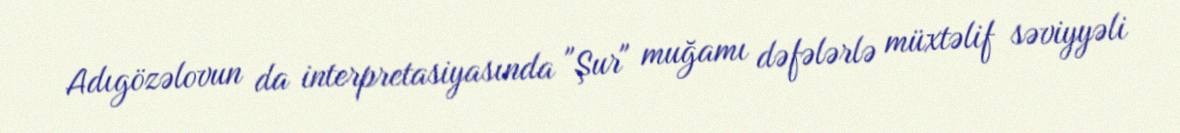
Adıgözəlovun da interpretasiyasında "Şur" muğamı dəfələrlə müxtəlif səviyyəli